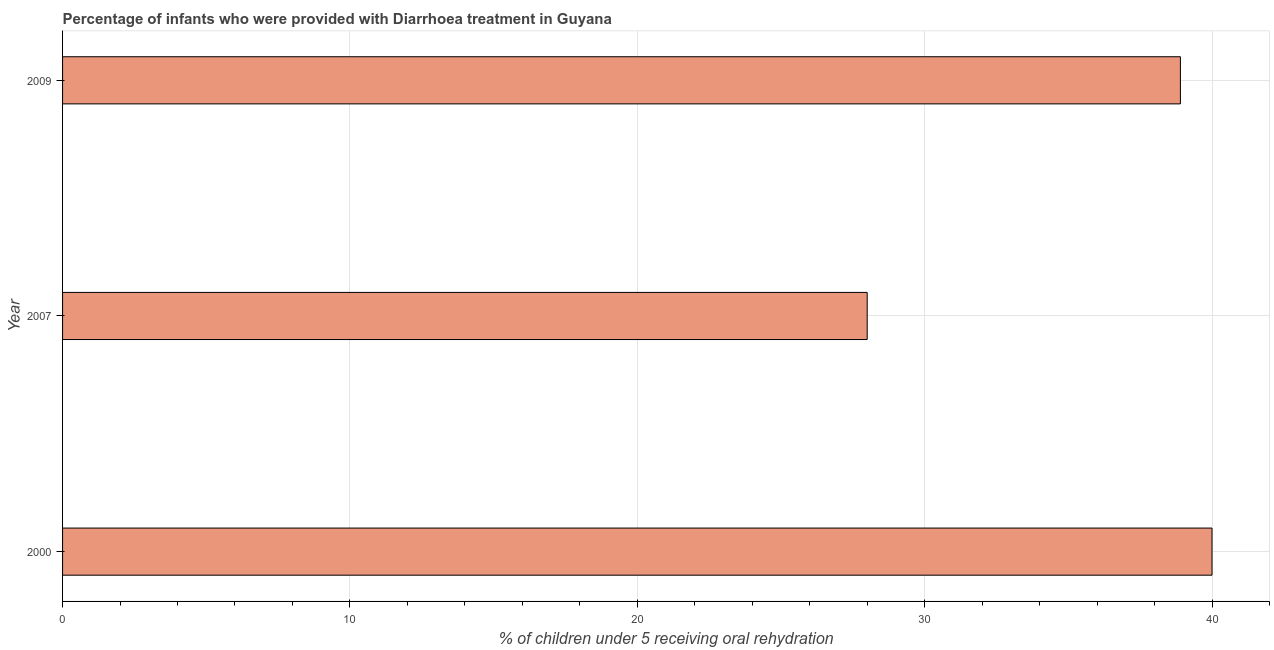
| Year | Diarrhea treatment |
 | --- | --- |
 | 2000 | 40 |
 | 2007 | 28 |
 | 2009 | 38.9 |